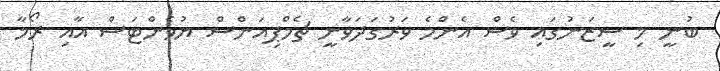
ބުނީ މި ސީޒަނުގައި ވެސް އެންމެ ވަރުގަދަވާނީ ޗެމްޕިއަންސް ޔުވެންޓަސް އާއި ރޯމާ